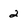
Character: 2